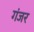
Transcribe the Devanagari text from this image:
गंजर